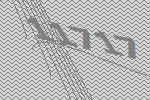
11717